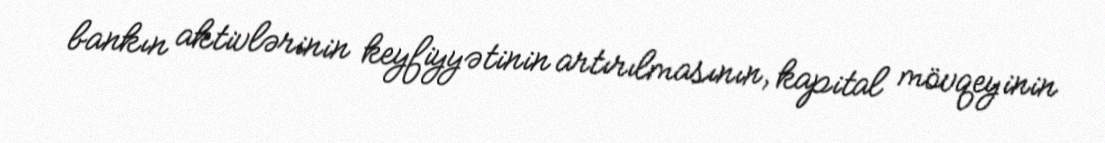
bankın aktivlərinin keyfiyyətinin artırılmasının, kapital mövqeyinin